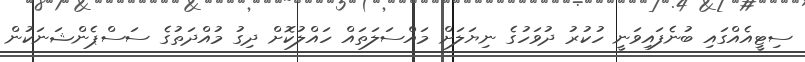
ސިޓީއެއްގައި ބުނެފައިވަނީ ހުކުރު ދުވަހުގެ ނިޔަލަށް މައްސަލަތައް ހައްލުކޮށް ދިގު މުއްދަތުގެ ސަސްޕެންޝަނަކުން